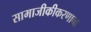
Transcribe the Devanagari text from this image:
सामाजीकीकरणाचा